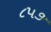
૮૫૭